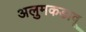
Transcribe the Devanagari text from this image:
अलुमकडावू